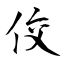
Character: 佼